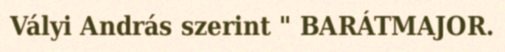
Vályi András szerint " BARÁTMAJOR.